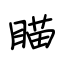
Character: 瞄